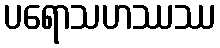
ပရောသဟဿဿ